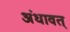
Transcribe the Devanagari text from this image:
अंधावत्